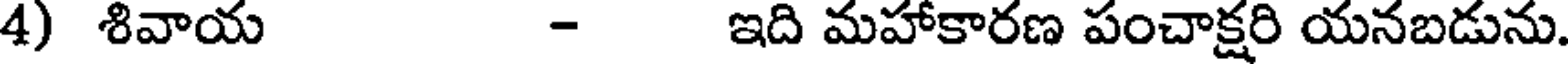
4) శివాయ - ఇది మహాకారణ పంచాక్షరి యనబడును.